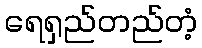
ရေရှည်တည်တံ့